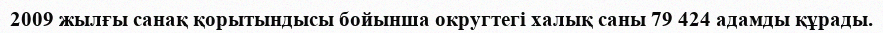
2009 жылғы санақ қорытындысы бойынша округтегі халық саны 79 424 адамды құрады.